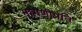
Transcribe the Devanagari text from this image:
मागणीप्रति